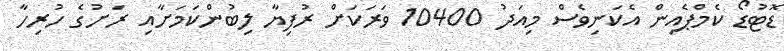
ޑޮޓުޑޯ ކެމްޕެއިން އެކަނިވެސް މިއަދު 10400 ވަރަކަށް ރުފިޔާ ލިބުންކަމަށާއި ރަށުގެ ހުރިހާ